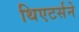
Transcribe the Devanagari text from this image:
थिएटर्सने